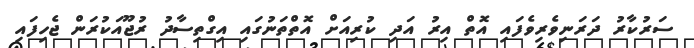
ސަރުކާރު ދަރަނިވެރިވެފައި އޮތް އިރު އަދި ކުރިއަށް އޮތްތަނުގައި އިގްތިސާދު ރުޖޫއަކުރަން ޖެހިފައި